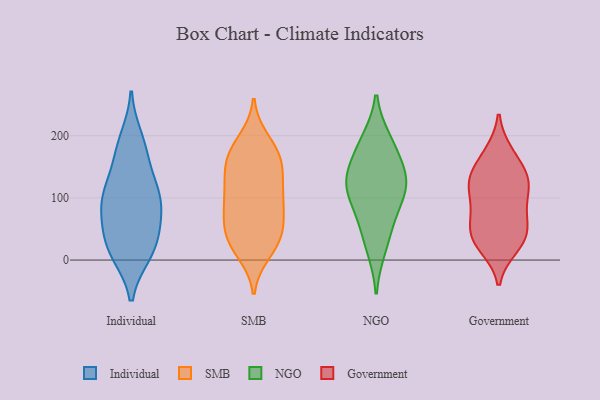
{"axis": {"x": "Budget (USD K)", "y": "Value"}, "legend": ["Government", "Individual", "NGO", "SMB"], "data": [{"x": "", "y": 35, "type": "Individual"}, {"x": "", "y": 106, "type": "Individual"}, {"x": "", "y": 95, "type": "Individual"}, {"x": "", "y": 94, "type": "Individual"}, {"x": "", "y": 177, "type": "Individual"}, {"x": "", "y": 118, "type": "Individual"}, {"x": "", "y": 100, "type": "Individual"}, {"x": "", "y": 162, "type": "Individual"}, {"x": "", "y": 11, "type": "Individual"}, {"x": "", "y": 52, "type": "Individual"}, {"x": "", "y": 16, "type": "Individual"}, {"x": "", "y": 63, "type": "Individual"}, {"x": "", "y": 12, "type": "Individual"}, {"x": "", "y": 195, "type": "Individual"}, {"x": "", "y": 170, "type": "SMB"}, {"x": "", "y": 13, "type": "SMB"}, {"x": "", "y": 48, "type": "SMB"}, {"x": "", "y": 162, "type": "SMB"}, {"x": "", "y": 180, "type": "SMB"}, {"x": "", "y": 112, "type": "SMB"}, {"x": "", "y": 83, "type": "SMB"}, {"x": "", "y": 192, "type": "SMB"}, {"x": "", "y": 37, "type": "SMB"}, {"x": "", "y": 22, "type": "SMB"}, {"x": "", "y": 107, "type": "SMB"}, {"x": "", "y": 67, "type": "SMB"}, {"x": "", "y": 42, "type": "SMB"}, {"x": "", "y": 125, "type": "SMB"}, {"x": "", "y": 145, "type": "SMB"}, {"x": "", "y": 167, "type": "SMB"}, {"x": "", "y": 140, "type": "SMB"}, {"x": "", "y": 86, "type": "SMB"}, {"x": "", "y": 28, "type": "SMB"}, {"x": "", "y": 85, "type": "SMB"}, {"x": "", "y": 183, "type": "NGO"}, {"x": "", "y": 79, "type": "NGO"}, {"x": "", "y": 123, "type": "NGO"}, {"x": "", "y": 154, "type": "NGO"}, {"x": "", "y": 111, "type": "NGO"}, {"x": "", "y": 53, "type": "NGO"}, {"x": "", "y": 124, "type": "NGO"}, {"x": "", "y": 124, "type": "NGO"}, {"x": "", "y": 19, "type": "NGO"}, {"x": "", "y": 192, "type": "NGO"}, {"x": "", "y": 85, "type": "Government"}, {"x": "", "y": 78, "type": "Government"}, {"x": "", "y": 41, "type": "Government"}, {"x": "", "y": 22, "type": "Government"}, {"x": "", "y": 171, "type": "Government"}, {"x": "", "y": 115, "type": "Government"}, {"x": "", "y": 137, "type": "Government"}, {"x": "", "y": 21, "type": "Government"}, {"x": "", "y": 79, "type": "Government"}, {"x": "", "y": 132, "type": "Government"}, {"x": "", "y": 51, "type": "Government"}, {"x": "", "y": 38, "type": "Government"}, {"x": "", "y": 173, "type": "Government"}, {"x": "", "y": 135, "type": "Government"}, {"x": "", "y": 41, "type": "Government"}, {"x": "", "y": 118, "type": "Government"}, {"x": "", "y": 126, "type": "Government"}]}